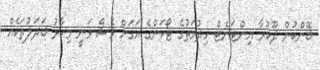
ބޭންކުން ދޫކުރާ އިންޓަނެޓް ހިދުމަތުގެ ޓޯކަންގެ އަގަށް ވެސް ވަނީ މިހާރު ބަދަލުތަކެއް